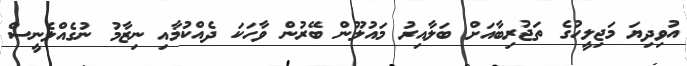
އުވިދިޔަ މަޖިލީހުގެ ތަޖުރިބާއަށް ބަލާއިރު މައުލޫން ބޭރުން ވާހަކަ ދެއްކުމާއި ނިޒާމު ނުގެއްލެނީސް